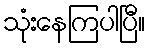
သုံးနေကြပါပြီ။